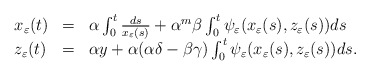
\begin{align*} \begin{array}{lll} x_{\varepsilon}(t) & = & \alpha \int_0^t\frac{ds}{x_{\varepsilon}(s)} + \alpha^m \beta \int_0^t\psi_{\varepsilon}(x_{\varepsilon}(s), z_{\varepsilon}(s))ds \\ z_{\varepsilon}(t) & = & \alpha y + \alpha(\alpha \delta-\beta \gamma) \int_0^t\psi_{\varepsilon}(x_{\varepsilon}(s), z_{\varepsilon}(s))ds . \end{array}\end{align*}